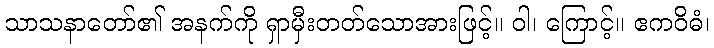
သာသနာတော်၏ အနက်ကို ရှာမှီးတတ်သောအားဖြင့်။ ဝါ၊ ကြောင့်။ ဧကဝိဓံ၊